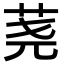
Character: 荛